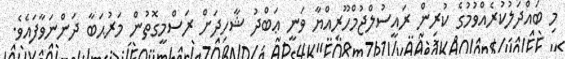
މި ބައްދަލުކުރެއްވުމުގެ ކުރިން ރައީސުލްޖުމްހޫރިއްޔާ ވަނީ ޢަބްދު ޝާހިދަށް ރަސްމީގޮތުން މަރުޙަބާ ދަންނަވާފައެވެ.